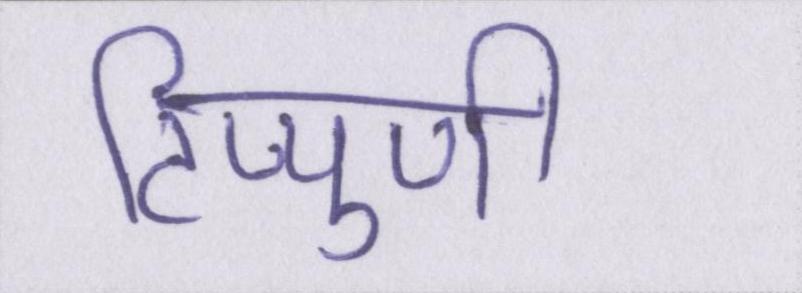
टिप्पुणी